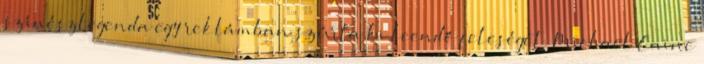
színészlegenda egy reklámban szúrta ki leendő feleségét. Michael Caine